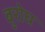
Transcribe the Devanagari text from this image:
बुरोघ